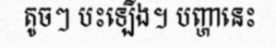
តូចៗ បះឡើង។ បញ្ហានេះ